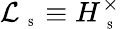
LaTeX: {\cal L}_{\mathrm{~\tiny~S~}}\equiv H_{\mathrm{~\tiny~S~}}^{\times}